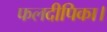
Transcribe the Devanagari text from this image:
फलदीपिका।